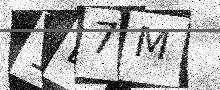
Text: 1D7M